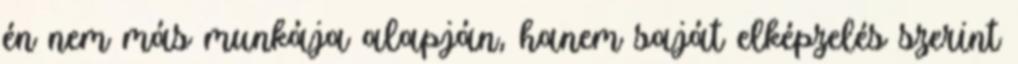
én nem más munkája alapján, hanem saját elképzelés szerint